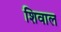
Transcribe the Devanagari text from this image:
शिवाल